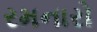
રમનારો